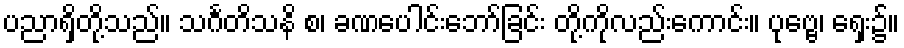
ပညာရှိတို့သည်။ သင်္ဂတိသနိ စ၊ ခဏပေါင်းဘော်ခြင်း တို့ကိုလည်းကောင်း။ ပုဗ္ဗေ၊ ရှေး၌။